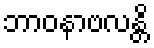
ဘာဝနာဗလန္တိ